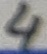
Text: 4